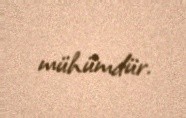
mühümdür.